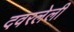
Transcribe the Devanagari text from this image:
दवरलेली